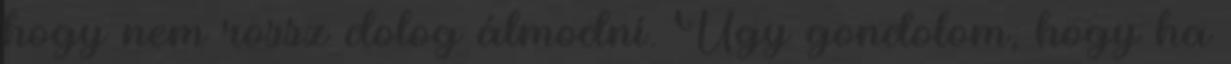
hogy nem rossz dolog álmodni. Úgy gondolom, hogy ha